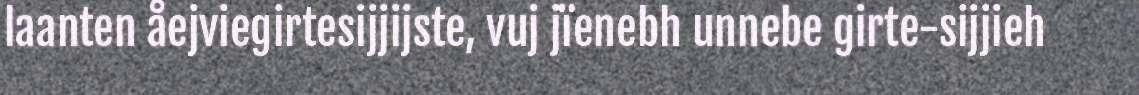
laanten åejviegirtesijjijste, vuj jïenebh unnebe girte-sijjieh